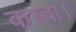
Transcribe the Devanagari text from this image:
कस्बा।